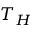
T _ { H }